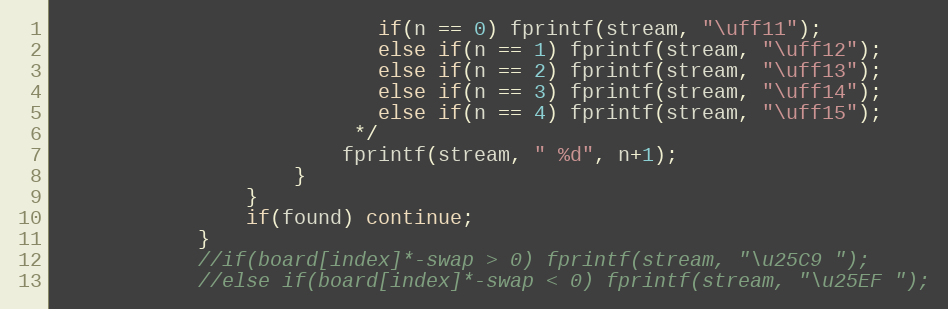
Language: C
                           if(n == 0) fprintf(stream, "\uff11");
                           else if(n == 1) fprintf(stream, "\uff12");
                           else if(n == 2) fprintf(stream, "\uff13");
                           else if(n == 3) fprintf(stream, "\uff14");
                           else if(n == 4) fprintf(stream, "\uff15");
                         */
                        fprintf(stream, " %d", n+1);
                    }
                }
                if(found) continue;
            }
            //if(board[index]*-swap > 0) fprintf(stream, "\u25C9 ");
            //else if(board[index]*-swap < 0) fprintf(stream, "\u25EF ");